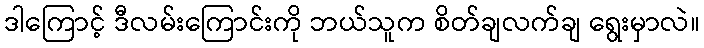
ဒါကြောင့် ဒီလမ်းကြောင်းကို ဘယ်သူက စိတ်ချလက်ချ ရွေးမှာလဲ။